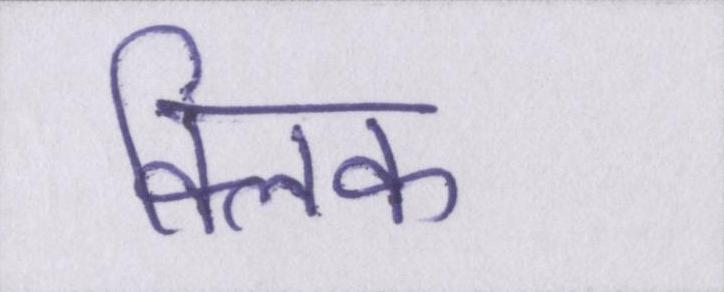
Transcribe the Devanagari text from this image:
क्लिक